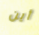
أين